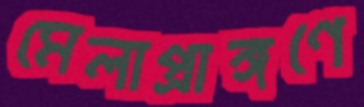
মেলাপ্রাঙ্গণে